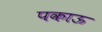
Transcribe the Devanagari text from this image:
पकाऊ